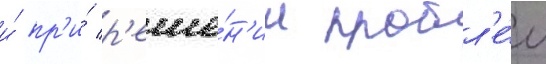
и́ пр'и́ р'еше́н'ии пробл'е́м